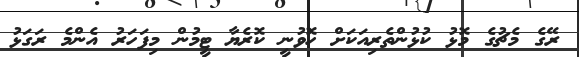
ރޭގެ މެޗުގެ މޮޅު ކުޅުންތެރިއަކަށް ހޮވުނީ ކޮރެޔާ ޓީމުން މިފަހަރު އެންމެ ރަގަޅު